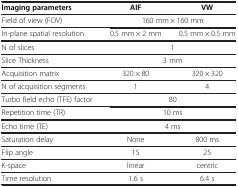
<table><thead><tr><td><b>Imaging parameters</b></td><td><b>AIF</b></td><td><b>VW</b></td></tr></thead><tbody><tr><td>Field of view (FOV)</td><td colspan="2">160 mm × 160 mm</td></tr><tr><td>In-plane spatial resolution</td><td>0.5 mm × 2 mm</td><td>0.5 mm × 0.5 mm</td></tr><tr><td>N of slices</td><td colspan="2">1</td></tr><tr><td>Slice Thickness</td><td colspan="2">3 mm</td></tr><tr><td>Acquisition matrix</td><td>320 × 80</td><td>320 × 320</td></tr><tr><td>N of acquisition segments</td><td>1</td><td>4</td></tr><tr><td>Turbo field echo (TFE) factor</td><td colspan="2">80</td></tr><tr><td>Repetition time (TR)</td><td colspan="2">10 ms</td></tr><tr><td>Echo time (TE)</td><td colspan="2">4 ms</td></tr><tr><td>Saturation delay</td><td>None</td><td>800 ms</td></tr><tr><td>Flip angle</td><td>15</td><td>25</td></tr><tr><td>K-space</td><td>linear</td><td>centric</td></tr><tr><td>Time resolution</td><td>1.6 s</td><td>6.4 s</td></tr></tbody></table>